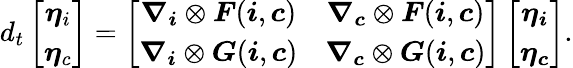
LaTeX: d_{t}\left[\begin{array}{c}{\boldsymbol{\eta}_{i}}\\ {\boldsymbol{\eta}_{c}}\end{array}\right]=\left[\begin{array}{cc}{\boldsymbol{\nabla}_{\boldsymbol{i}}\otimes\boldsymbol{F}({\boldsymbol{i}},{\boldsymbol{c}})}&{\boldsymbol{\nabla}_{\boldsymbol{c}}\otimes\boldsymbol{F}({\boldsymbol{i}},{\boldsymbol{c}})}\\ {\boldsymbol{\nabla}_{\boldsymbol{i}}\otimes\boldsymbol{G}({\boldsymbol{i}},{\boldsymbol{c}})}&{\boldsymbol{\nabla}_{\boldsymbol{c}}\otimes\boldsymbol{G}({\boldsymbol{i}},{\boldsymbol{c}})}\end{array}\right]\left[\begin{array}{c}{\boldsymbol{\eta}_{\boldsymbol{i}}}\\ {\boldsymbol{\eta}_{\boldsymbol{c}}}\end{array}\right].